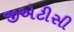
જીએટીસી